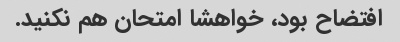
افتضاح بود، خواهشا امتحان هم نکنید.